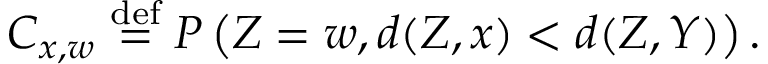
C _ { x , w } \stackrel { \mathrm { d e f } } { = } P \left( Z = w , d ( Z , x ) < d ( Z , Y ) \right) .